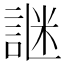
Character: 䛧